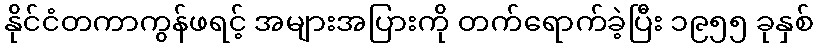
နိုင်ငံတကာကွန်ဖရင့် အများအပြားကို တက်ရောက်ခဲ့ပြီး ၁၉၅၅ ခုနှစ်